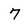
Character: 7